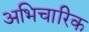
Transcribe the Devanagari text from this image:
अभिचारिक